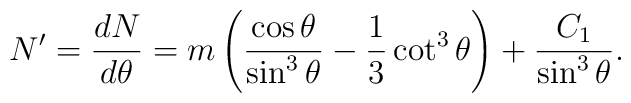
N' = \frac{d N}{d \theta} = m \left(\frac{\cos\theta}{\sin^3\theta} - \frac13 \cot^3\theta \right) +\frac{C_1}{\sin^3\theta}.